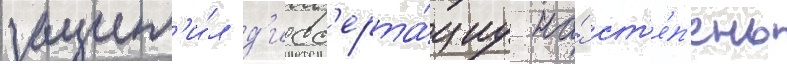
защит'и́л д'исс'ерта́циу на́ ст'е́п'ень